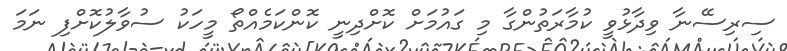
ސިރިސޭނާ ވިދާޅުވީ ކުމާރަތުންގާ މި ގައުމަށް ކޮށްދިނީ ކޮންކަމެއްތޯ މީހަކު ސުވާލުކޮށްފި ނަމަ